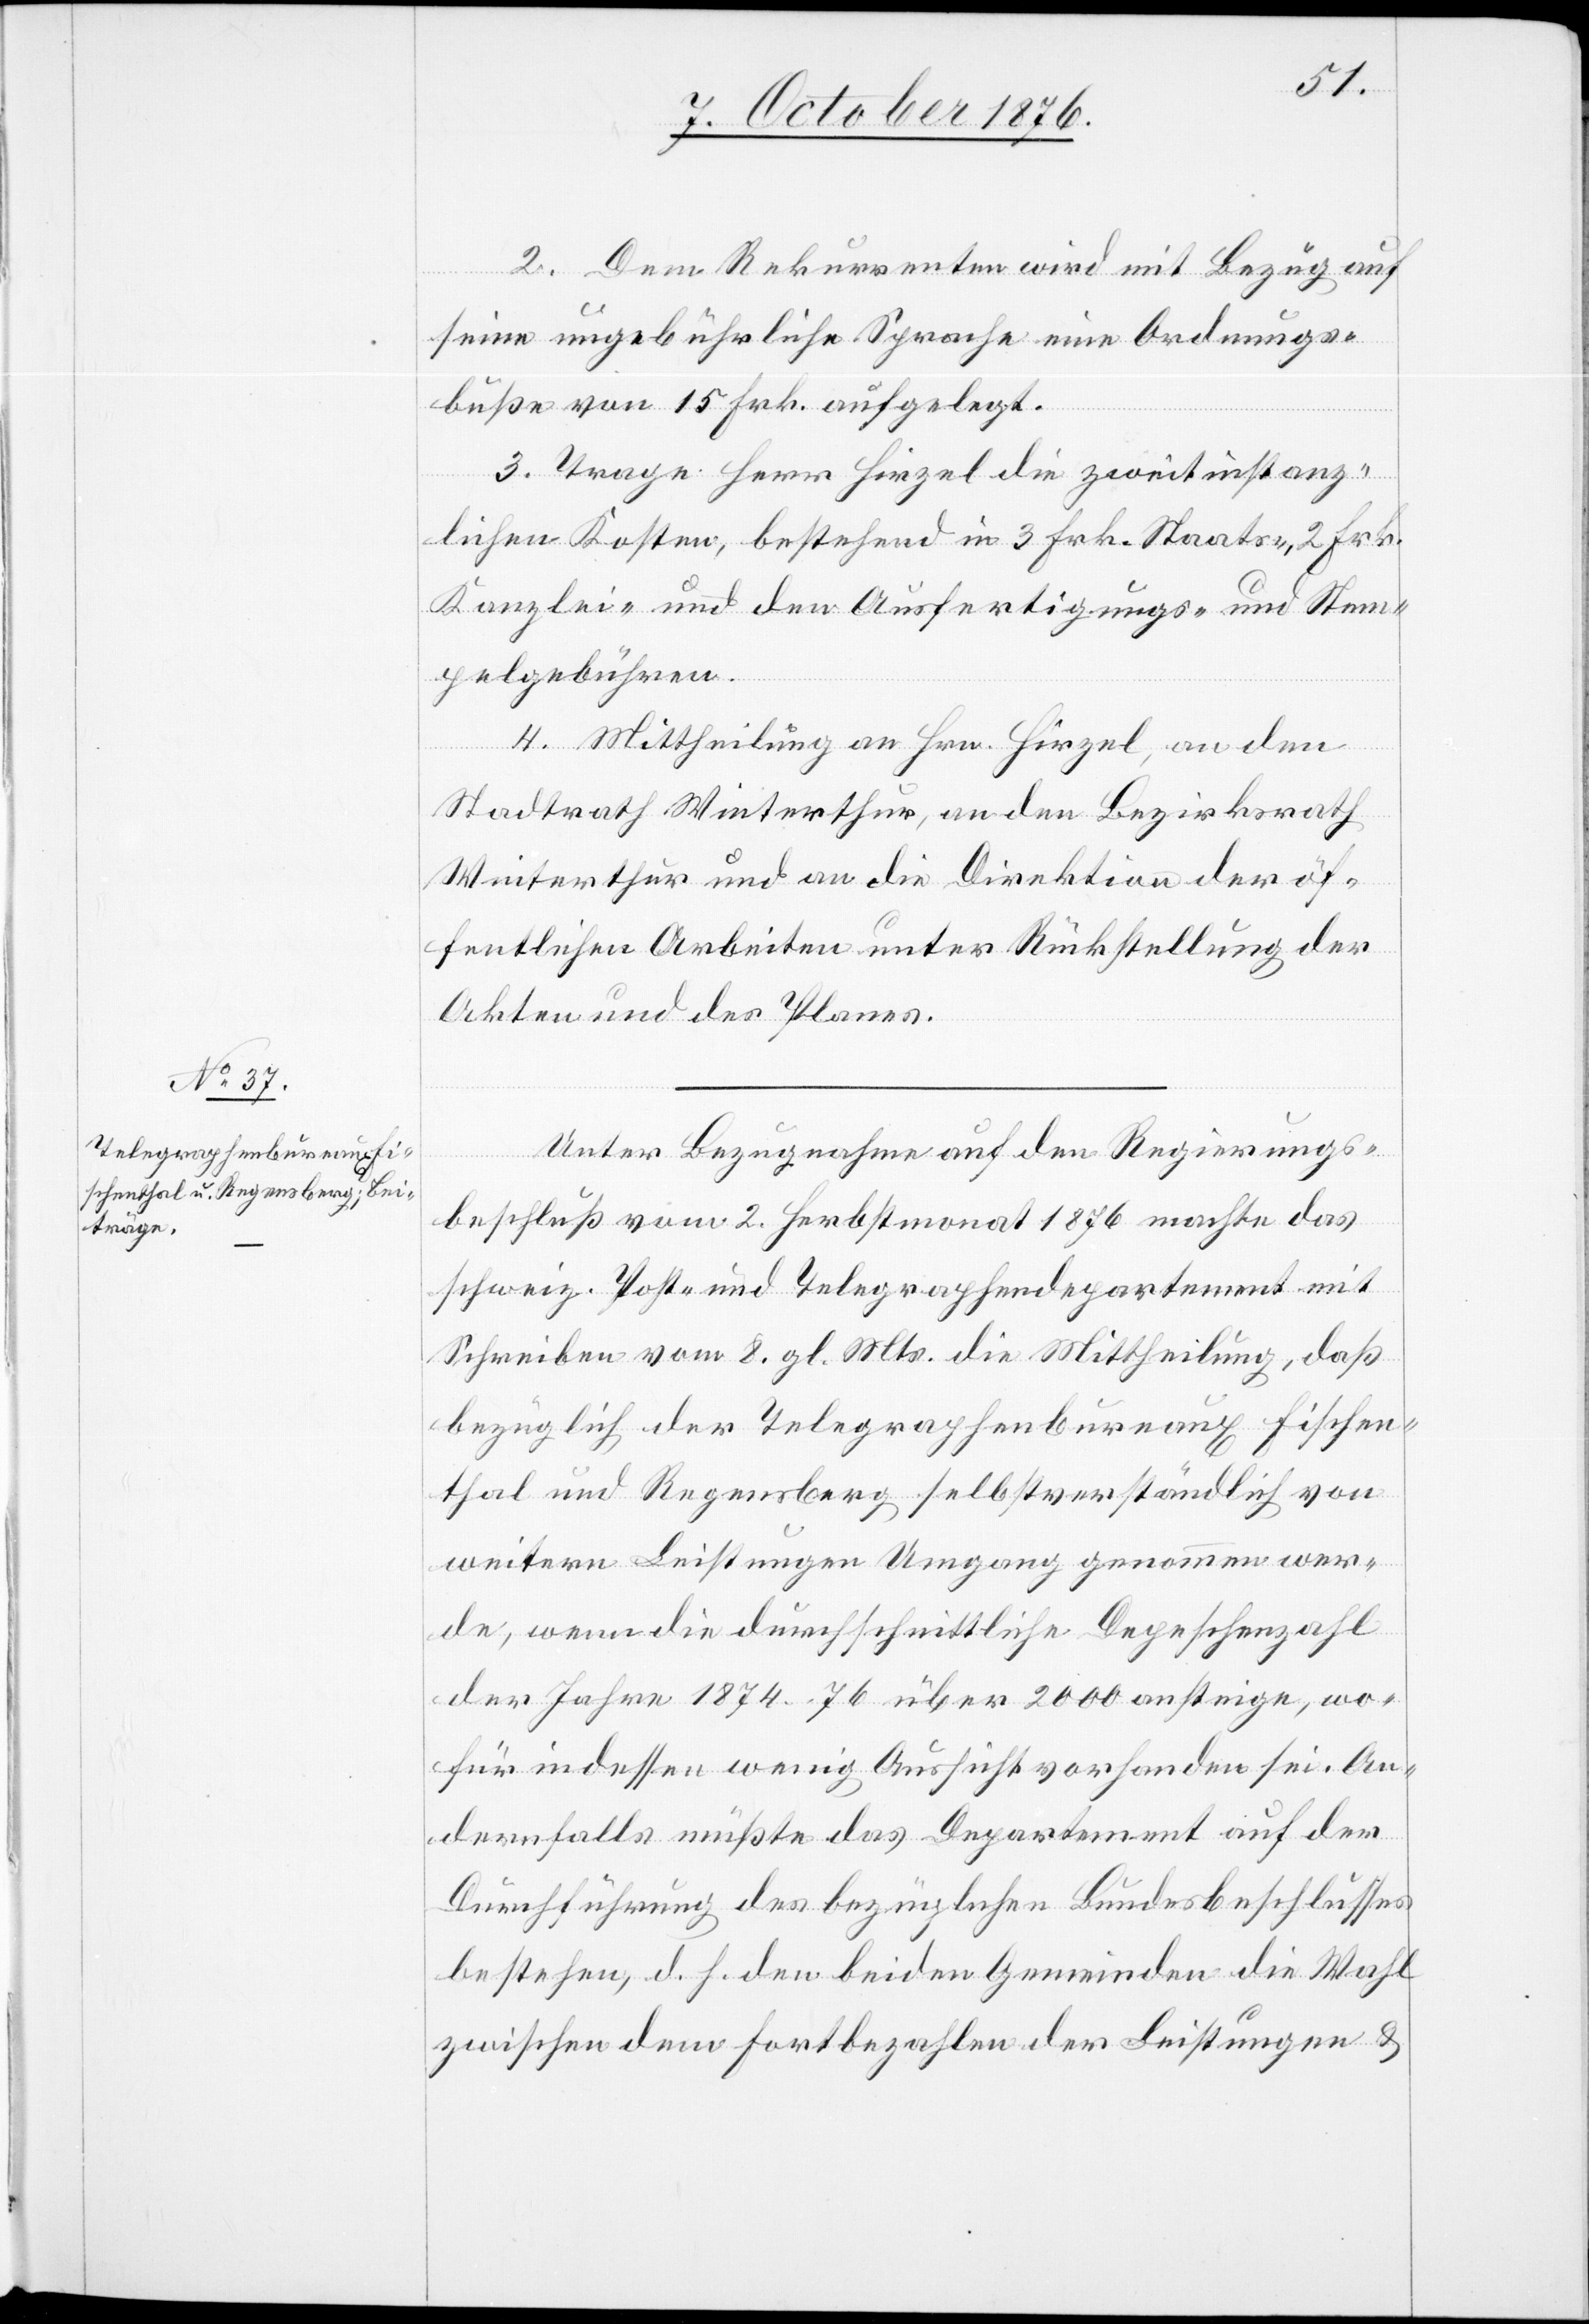
2. Dem Rekurrenten wird mit Bezug auf
seine ungebührliche Sprache eine Ordnungs¬
buße von 15 Frk. aufgelegt.
3. Trage Herr Hirzel die zweitinstanz¬
lichen Kosten, bestehend in 3 Frk. Staats- 2 Frk.
Kanzlei- und den Ausfertigungs- und Stem¬
pelgebühren.
4. Mittheilung an Hrn. Hirzel, an den
Stadtrath Winterthur, an den Bezirksrath
Winterthur und an die Direktion der öf¬
fentlichen Arbeiten unter Rückstellung der
Akten und des Planes.
Unter Bezugnahme auf den Regierungs¬
beschluß vom 2. Herbstmonat 1876 machte das
schweiz. Post- und Telegraphendepartement mit
Schreiben vom 8. gl. Mts. die Mittheilung, daß
bezüglich der Telegraphenbureaux Fischen¬
thal und Regensberg selbstverständlich von
weitern Leistungen Umgang genommen wer¬
de, wenn die durchschnittliche Depeschenzahl
der Jahre 1874–76 über 2000 ansteige, wo¬
für indessen wenig Aussicht vorhanden sei. An¬
dernfalls müßte das Departement auf der
Durchführung des bezüglichen Bundesbeschlusses
bestehen, d. h. den beiden Gemeinden die Wahl
zwischen dem Fortbezahlen der Leistungen &